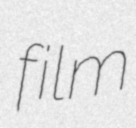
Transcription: film